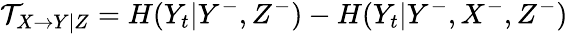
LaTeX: \mathcal{T}_{X\rightarrow Y|Z}=H(Y_{t}|Y^{-},Z^{-})-H(Y_{t}|Y^{-},X^{-},Z^{-})